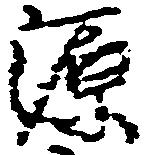
源